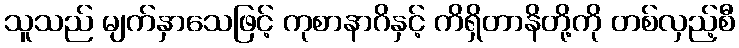
သူသည် မျက်နှာသေဖြင့် ကုစာနာဂိနှင့် ကိရှိတာနိတို့ကို တစ်လှည့်စီ